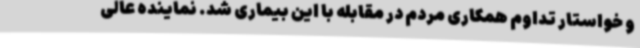
و خواستار تداوم همکاری مردم در مقابله با این بیماری شد. نماینده عالی